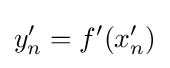
y'_{n}=f'(x'_{n})